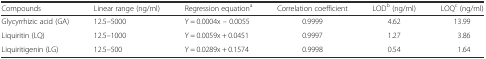
<table><thead><tr><td><b>Compounds</b></td><td><b>Linear range (ng/ml)</b></td><td><b>Regression equation<sup>a</sup></b></td><td><b>Correlation coefficient</b></td><td><b>LOD<sup>b</sup> (ng/ml)</b></td><td><b>LOQ<sup>c</sup> (ng/ml)</b></td></tr></thead><tbody><tr><td>Glycyrrhizic acid (GA)</td><td>12.5–5000</td><td>Y = 0.0004x – 0.0055</td><td>0.9999</td><td>4.62</td><td>13.99</td></tr><tr><td>Liquiritin (LQ)</td><td>12.5–1000</td><td>Y = 0.0059x + 0.0451</td><td>0.9997</td><td>1.27</td><td>3.86</td></tr><tr><td>Liquiritigenin (LG)</td><td>12.5–500</td><td>Y = 0.0289x + 0.1574</td><td>0.9998</td><td>0.54</td><td>1.64</td></tr></tbody></table>